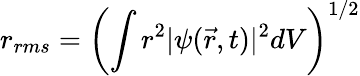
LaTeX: r_{rms}=\left(\int r^{2}|\psi(\vec{r},t)|^{2}dV\right)^{1/2}